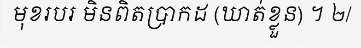
មុខរបរ មិនពិតប្រាកដ (ឃាត់ខ្លួន) ។ ២/